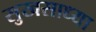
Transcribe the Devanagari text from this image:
सुखसाध्या